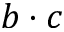
b \cdot c